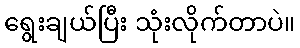
ရွေးချယ်ပြီး သုံးလိုက်တာပဲ။